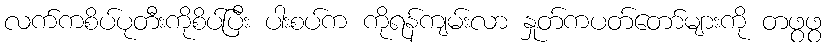
လက်ကစိပ်ပုတီးကိုစိပ်ပြီး ပါးစပ်က ကိုရန်ကျမ်းလာ နှုတ်ကပတ်တော်များကို တဖွဖွ